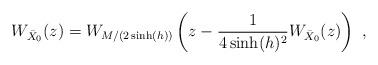
LaTeX: \begin{align*}\begin{aligned}W_{\bar{X}_0}(z)=W_{M/(2\sinh(h))}\left(z-\frac{1}{4\sinh(h)^2}W_{\bar{X}_0}(z)\right)\ ,\end{aligned}\end{align*}